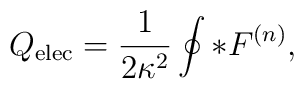
Q_{\rm elec} = {1\over 2\kappa^2} \oint \ast F^{(n)} ,